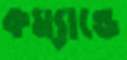
কম্যান্ডে